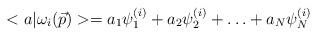
LaTeX: \begin{align*}<a|\omega_{i}(\vec{p})>=a_{1}\psi_{1}^{(i)}+a_{2}\psi_{2}^{(i)}+\ldots+a_{N}\psi_{N}^{(i)}\end{align*}